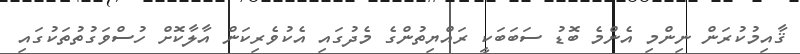
ޤާއިމުކުރަން ނިންމި އެންމެ ބޮޑު ސަބަބަކީ ރައްޔިތުންގެ މެދުގައި އެކުވެރިކަން އާލާކޮށް ހުސްވަގުތުތަކުގައި